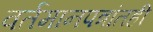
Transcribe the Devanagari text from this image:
वर्तमानपत्रांतही